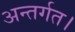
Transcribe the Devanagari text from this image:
अन्तर्गत।